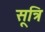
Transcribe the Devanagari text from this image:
सूत्रि